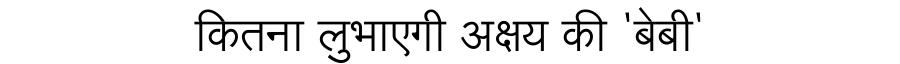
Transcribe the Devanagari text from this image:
कितना लुभाएगी अक्षय की 'बेबी'